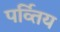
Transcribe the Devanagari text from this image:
पर्व्तिय